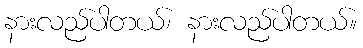
နားလည်ပါတယ်၊ နားလည်ပါတယ်။